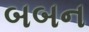
બબન